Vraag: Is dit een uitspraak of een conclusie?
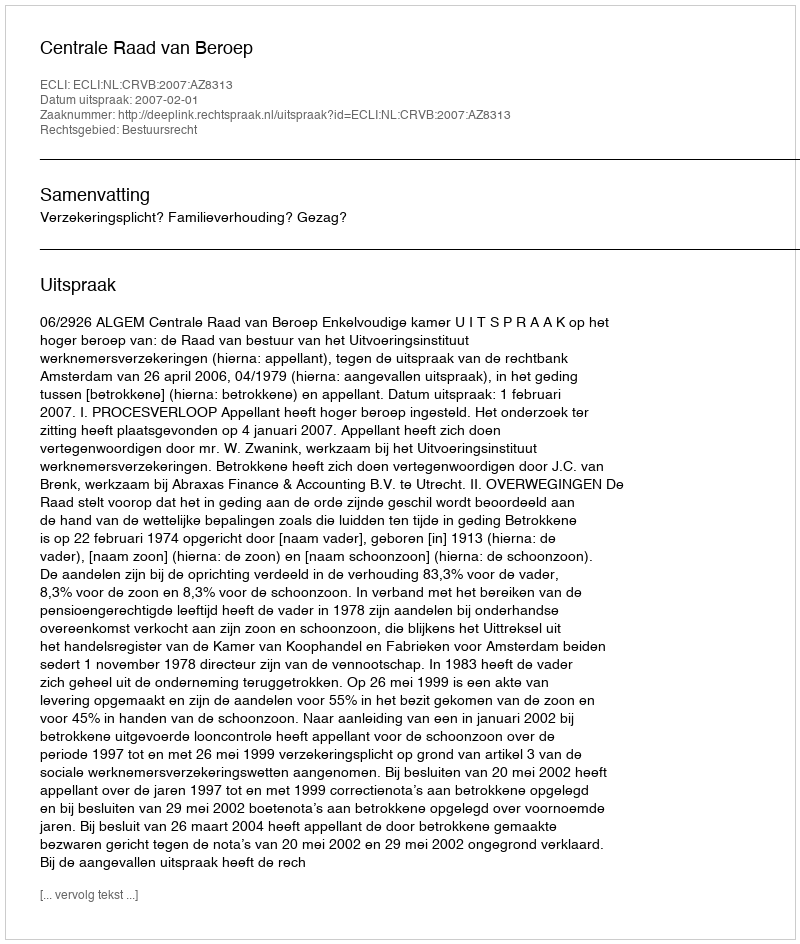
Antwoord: Uitspraak